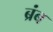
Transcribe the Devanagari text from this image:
ब्रंब